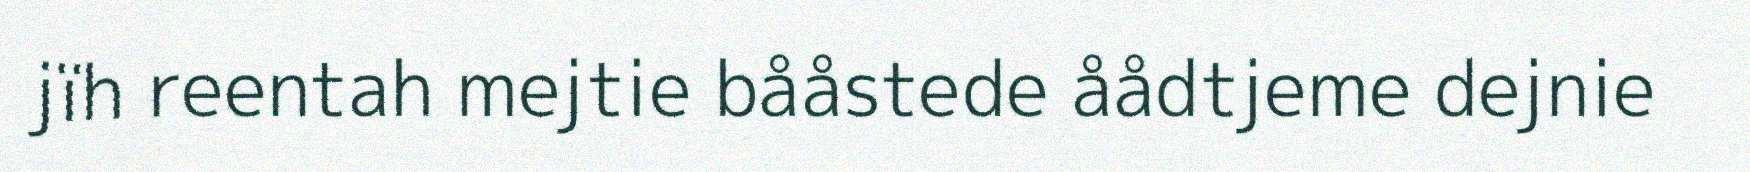
jïh reentah mejtie bååstede åådtjeme dejnie